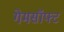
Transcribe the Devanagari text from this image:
गेमसॉफ्ट